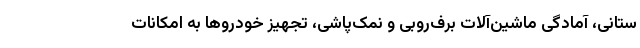
ستانی، آمادگی ماشین‌آلات برف‌روبی و نمک‌پاشی، تجهیز خودروها به امکانات